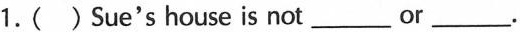
1.( ) Sue's house is not___or___